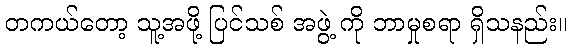
တကယ်တော့ သူ့အဖို့ ပြင်သစ် အဖွဲ့ ကို ဘာမှုစရာ ရှိသနည်း။